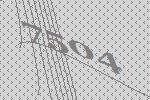
7504